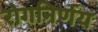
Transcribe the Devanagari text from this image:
रोगनिर्णय